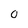
Character: O